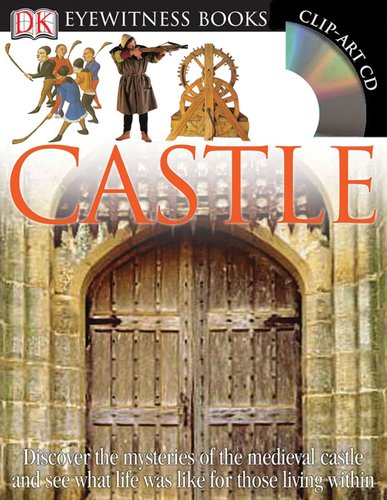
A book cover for Castle (DK Eyewitness Books); Christopher Gravett; Children's Books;